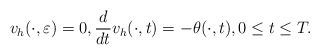
LaTeX: \begin{align*} v_h(\cdot,\varepsilon)=0,\frac{d}{dt}v_h(\cdot,t)=-\theta(\cdot,t), 0\leq t \leq T.\end{align*}